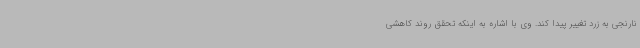
نارنجی به زرد تغییر پیدا کند. وی با اشاره به اینکه تحقق روند کاهشی